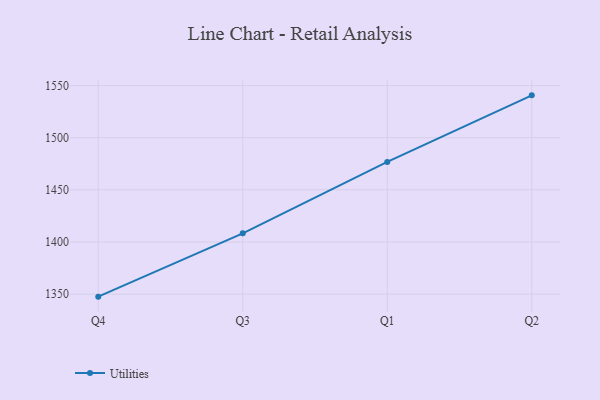
{"axis": {"x": "Quarter", "y": "Website Visitors"}, "legend": ["Utilities"], "data": [{"x": "Q4", "y": 1347.6, "type": "Utilities"}, {"x": "Q3", "y": 1408.3, "type": "Utilities"}, {"x": "Q1", "y": 1476.8, "type": "Utilities"}, {"x": "Q2", "y": 1540.6, "type": "Utilities"}]}